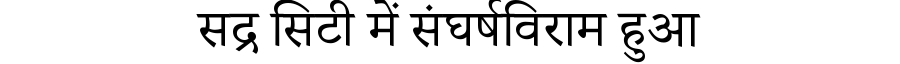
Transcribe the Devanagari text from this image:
सद्र सिटी में संघर्षविराम हुआ